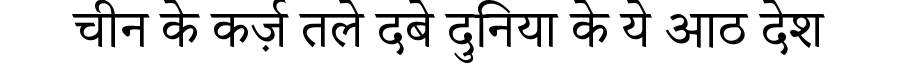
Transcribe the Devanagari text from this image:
चीन के कर्ज़ तले दबे दुनिया के ये आठ देश